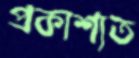
প্রকাশ্যত